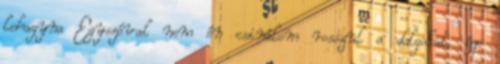
lehagyna Egyszóval nem én csinálom rosszul a dolgokat, épp